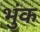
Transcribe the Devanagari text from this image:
भुंक